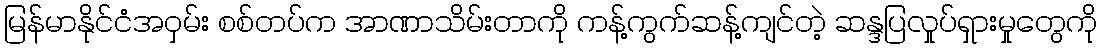
မြန်မာနိုင်ငံအဝှမ်း စစ်တပ်က အာဏာသိမ်းတာကို ကန့်ကွက်ဆန့်ကျင်တဲ့ ဆန္ဒပြလှုပ်ရှားမှုတွေကို